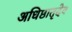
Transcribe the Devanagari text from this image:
अधिष्ठातृदेव